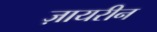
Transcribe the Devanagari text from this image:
ज़ायरीन